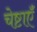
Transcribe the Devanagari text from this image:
चेष्टाऍं